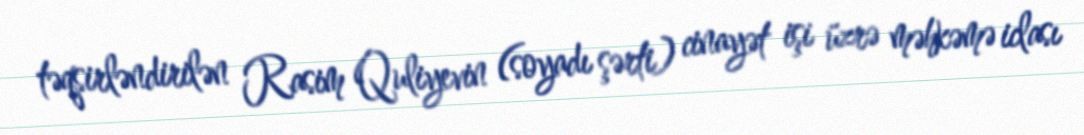
təqsirləndirilən Rasim Quliyevin (soyadı şərti) cinayət işi üzrə məhkəmə iclası